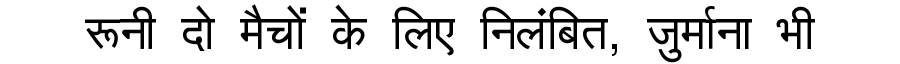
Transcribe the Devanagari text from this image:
रूनी दो मैचों के लिए निलंबित, जुर्माना भी